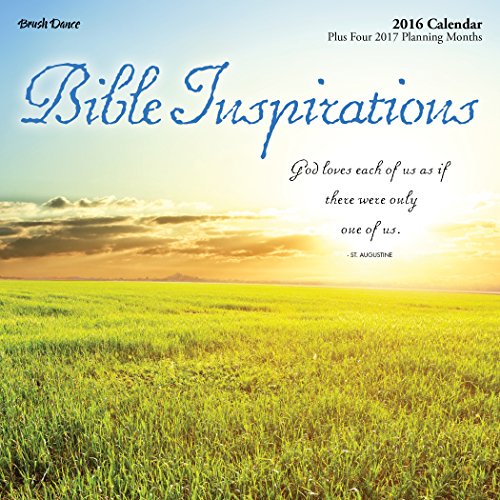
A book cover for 2016 Bible Inspirations Mini Calendar; Brush Dance; Calendars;